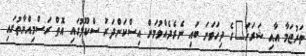
ތަރުޖަމާ އާއި ޝަރަހަ"ގެ ދިހަވަނަ ބައި ނެރެދެއްވުމަށް އިސްކަންދަރު ސްކޫލުގައި އޮތް ރަސްމިއްޔާތުގައި